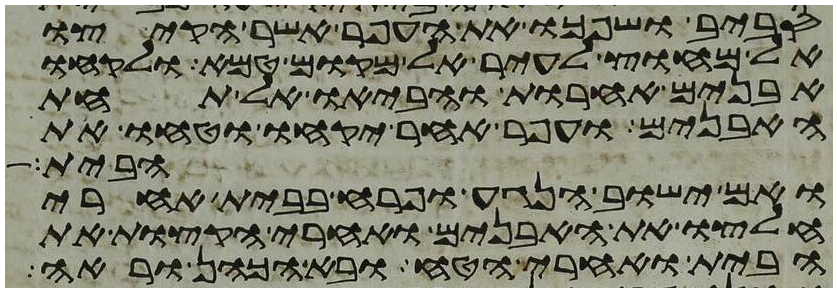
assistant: סביב ושפכו את העפר אשר הקיצו
אל מחוץ לעיר אל מקום טמא ולקחו
אבנים אחרות והביאו אל תחת
האבנים ועפר אחר יקחו וטחו את
הבית
ואם ישוב הנגע ופרח בבית אחרי
חלצו את האבנים ואחרי הקצות את
הבית ואחרי הטח ובא הכהן וראה